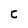
Character: C